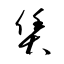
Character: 賃